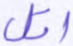
اتل